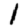
Digit: 1